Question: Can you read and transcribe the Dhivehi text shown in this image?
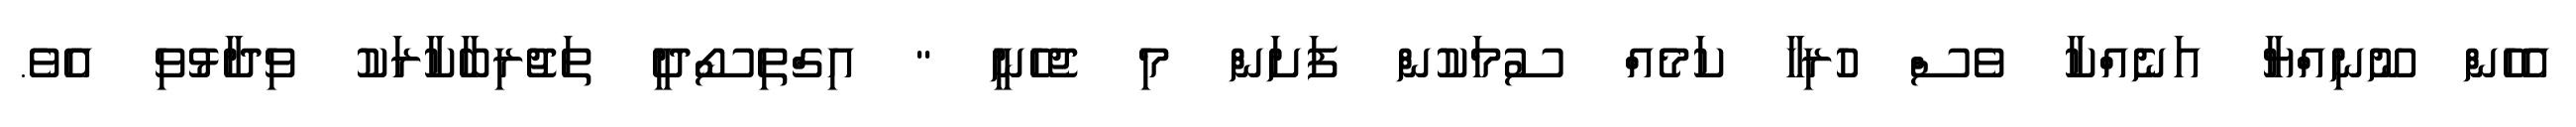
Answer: އެހެން ނޫނިއްޔާ އަނެއްކާ ވެސް ހުރިހާ ކަމެއް ސުމަކުން ފަށަން މި ޖެހެނީ " އިގްތިސޯދީ ތަޖުރިބާކާރަކު ވިދާޅުވި އެވެ.